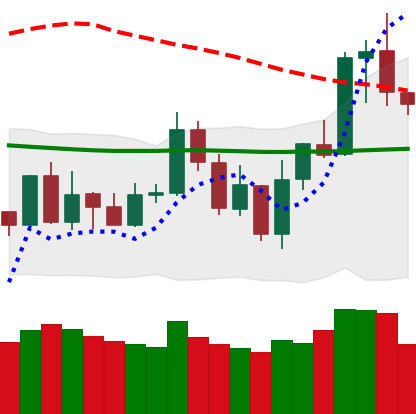
Ticker: NEO-USD
Chart end date: 2020-01-09
Forward return: 19.048%
Label: up_7plus